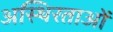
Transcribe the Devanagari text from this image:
अस्थिरताओं